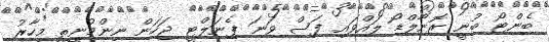
ބެންޓޯ ބުނީ ރޮނާލްޑޯ ލައްވައި ފަސް ވަނަ ޕެނަލްޓީ ޖަހަން ނިންމުނީތީ މިހާރު